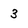
Character: 3